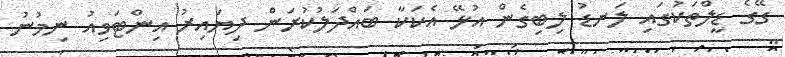
ގޭގެ ޑީލްތަކުގައި ލަނޑު ލިބިގެން އުޅޭ އެކަކާ ބައްދަލުކުރަން ދިޔައިރު އިންޓަވިއު ނިމުނު